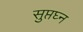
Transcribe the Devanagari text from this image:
सुप्तघ्न